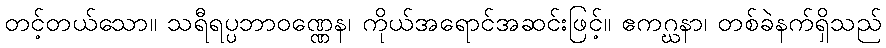
တင့်တယ်သော။ သရီရပ္ပဘာဝဏ္ဏေန၊ ကိုယ်အရောင်အဆင်းဖြင့်။ ဧကဂ္ဃနာ၊ တစ်ခဲနက်ရှိသည်